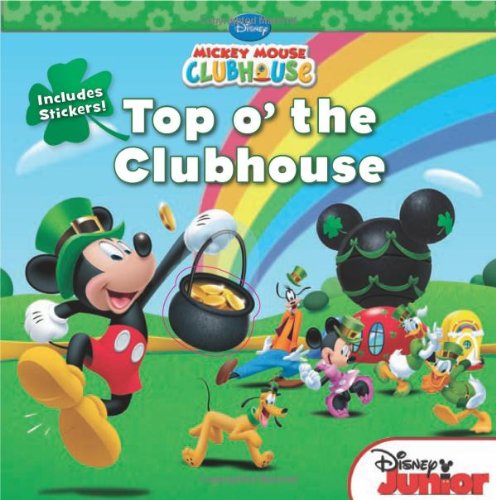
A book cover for Mickey Mouse Clubhouse: Top o' the Clubhouse: Includes Stickers!; Disney Book Group; Children's Books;